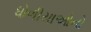
ધોળીયાઓનો